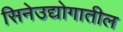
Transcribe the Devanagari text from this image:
सिनेउद्योगातील